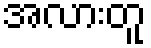
အလားတူ